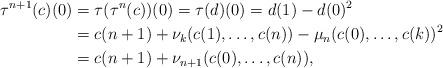
LaTeX: \begin{align*} \tau^{n+1}(c)(0) & = \tau(\tau^{n}(c))(0) = \tau(d)(0) = d(1) - d(0)^2 \\ & = c(n+1) + \nu_k(c(1), \dots, c(n)) - \mu_n(c(0), \dots, c(k))^2 \\& = c(n+1) + \nu_{n+1}(c(0), \dots, c(n)), \end{align*}